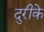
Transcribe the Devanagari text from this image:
दुरीके